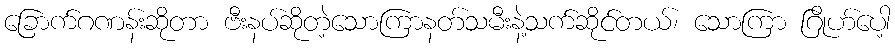
ခြောက်ဂဏန်းဆိုတာ ဗီးနပ်ဆိုတဲ့သောကြာနတ်သမီးနဲ့သက်ဆိုင်တယ်၊ သောကြာ ဂြိုဟ်ပေါ့